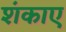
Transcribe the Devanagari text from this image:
शंकाए